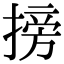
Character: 搒